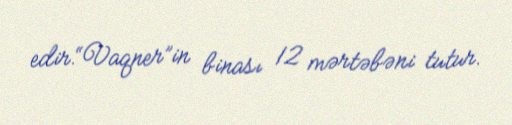
edir.“Vaqner”in binası 12 mərtəbəni tutur.